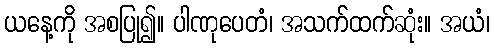
ယနေ့ကို အစပြု၍။ ပါဏုပေတံ၊ အသက်ထက်ဆုံး။ အယံ၊